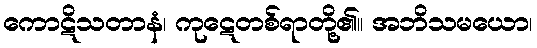
ကောဋိသတာနံ၊ ကုဋေတစ်ရာတို့၏။ အဘိသမယော၊